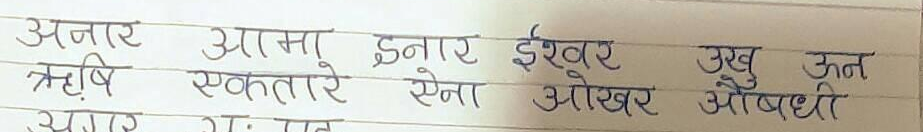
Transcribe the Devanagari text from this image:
अनाज आमा इनार ईश्वर उखू ऊन
ऋषि एकतारे ऐना ओखर औषधी
अंगूर अतः